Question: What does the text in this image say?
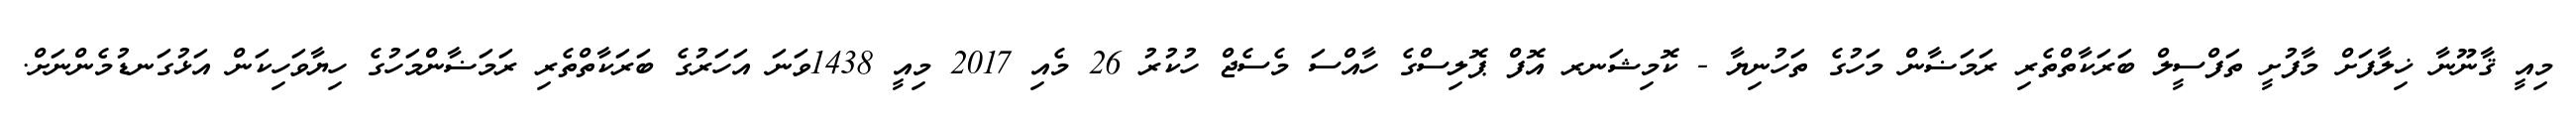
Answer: މިއީ ޤާނޫނާ ޚިލާފަށް މާފުށީ ތަފްސީލް ބަރަކާތްތެރި ރަމަޟާން މަހުގެ ތަހުނިޔާ - ކޮމިޝަނރ އޮފް ޕޮލިސްގެ ހާއްސަ މެސެޖް ހުކުރު 26 މެއި 2017 މިއީ 1438ވަނަ އަހަރުގެ ބަރަކާތްތެރި ރަމަޟާންމަހުގެ ހިޔާވަހިކަން އަޅުގަނޑުމެންނަށް.